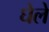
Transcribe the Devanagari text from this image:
घेले